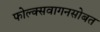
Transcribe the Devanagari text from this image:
फोल्क्सवागनसोबत